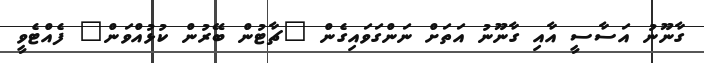
ގާނޫނު އަސާސީ އާއި ގާނޫނު އަތަށް ނަންގަވައިގެން "ޗާޓުން ބޭރުން ކުޅުއްވަން" ފެއްޓެވީ